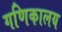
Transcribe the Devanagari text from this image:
गणिकालय